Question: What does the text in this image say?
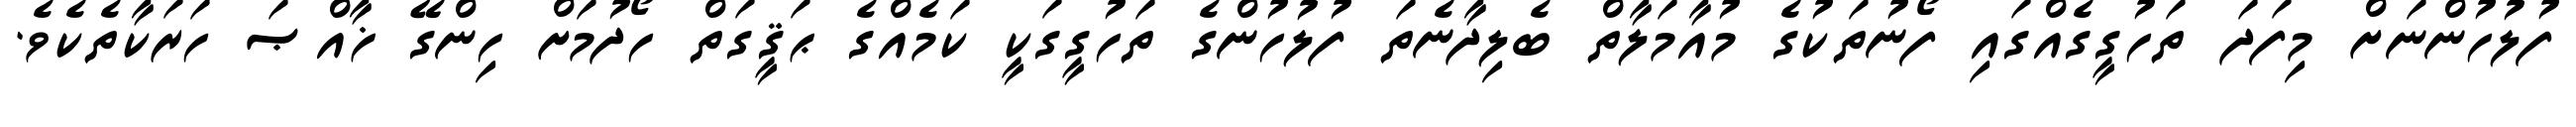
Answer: ފުލުހުންނަށް މިފަދަ ތަހުގީގެއްގައި ފޯނުތަކުގެ މުއާމަލާތް ބެލިދާނެތަ ފުލުހުންގެ ތަހުގީގަކީ ކަމެއްގެ ޙަޤީގަތް ހޯދުމަށް ހިންގޭ ޚާއްޞަ ހަރަކާތެކެވެ.